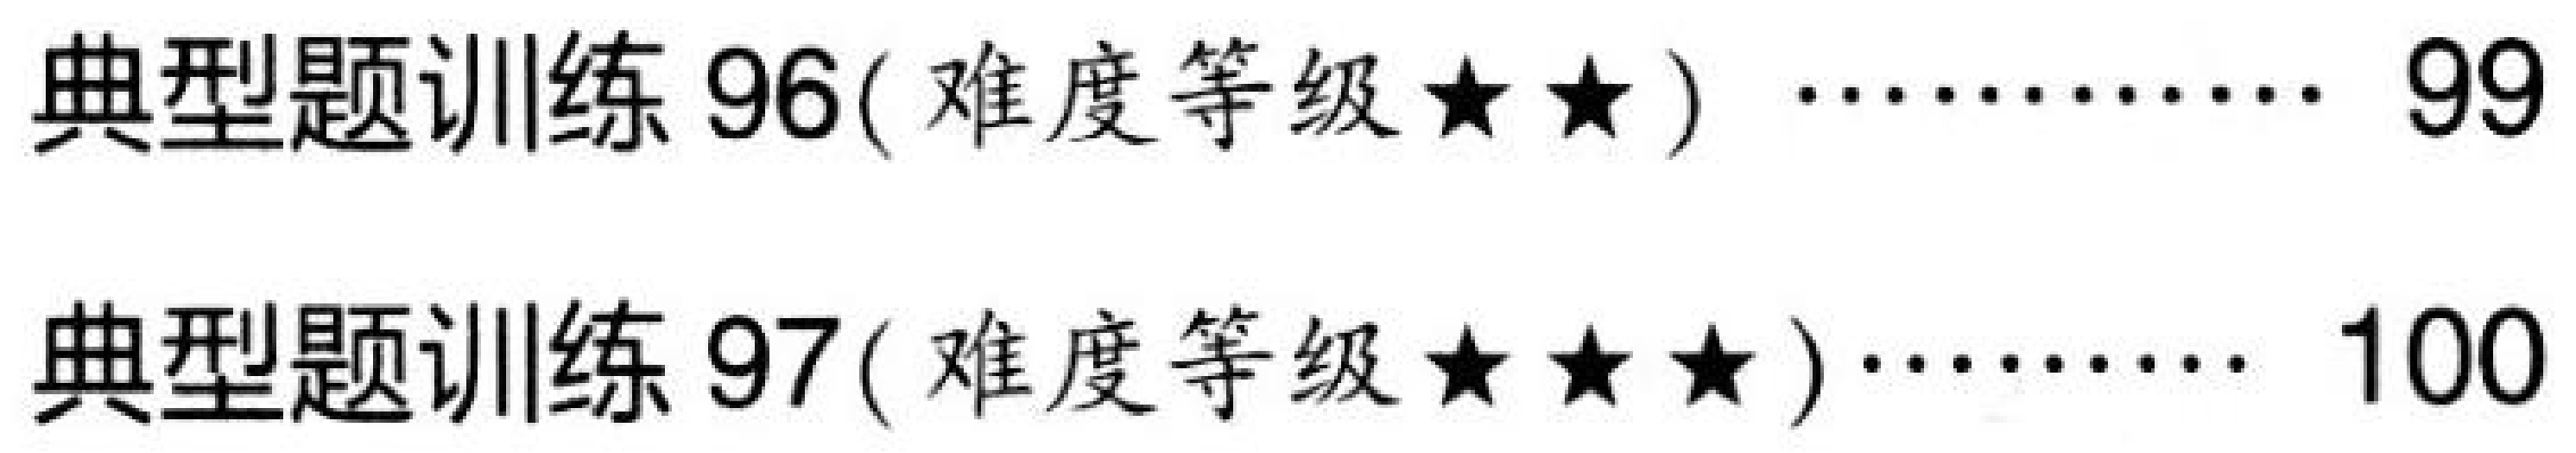
典型题训练 96( 难度等级$\star\star$) \cdots\cdots 99\\
典型题训练 97( 难度等级$\star\star\star$) \cdots\cdots 100